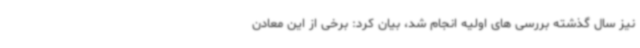
نیز سال گذشته بررسی های اولیه انجام شد، بیان کرد: برخی از این معادن